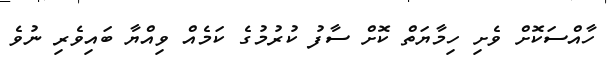
ހާއްސަކޮށް ވެށި ހިމާޔަތް ކޮށް ސާފު ކުރުމުގެ ކަމެއް ވިއްޔާ ބައިވެރިި ނުވެ